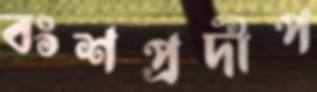
বংশপ্রদীপ